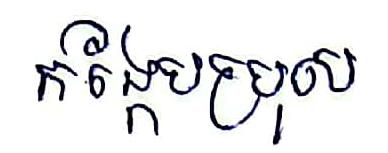
កង្កែបប្រុស